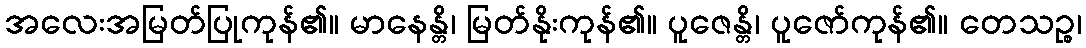
အလေးအမြတ်ပြုကုန်၏။ မာနေန္တိ၊ မြတ်နိုးကုန်၏။ ပူဇေန္တိ၊ ပူဇော်ကုန်၏။ တေသဉ္စ၊